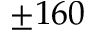
\pm 1 6 0